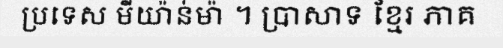
ប្រទេស មីយ៉ាន់ម៉ា ។ ប្រាសាទ ខ្មែរ ភាគ